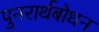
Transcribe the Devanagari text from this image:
पुनरार्थबोधन